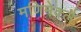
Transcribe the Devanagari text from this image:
मणिमेक्लै